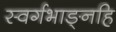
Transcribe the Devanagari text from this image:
स्वर्गभाङ्नहि